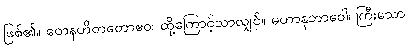
ဖြစ်၏။ တေနဟိတတောဧဝ၊ ထို့ကြောင့်သာလျှင်။ မဟာနုဘာဝေါ၊ ကြီးသော